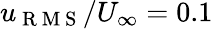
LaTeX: u_{\mathrm{~R~M~S~}}/U_{\infty}=0.1